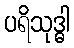
ပရိသုဒ္ဓါ